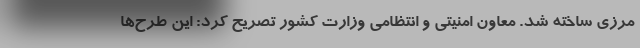
مرزی ساخته شد. معاون امنیتی و انتظامی وزارت کشور تصریح کرد: این طرح‌ها